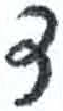
אות: ד